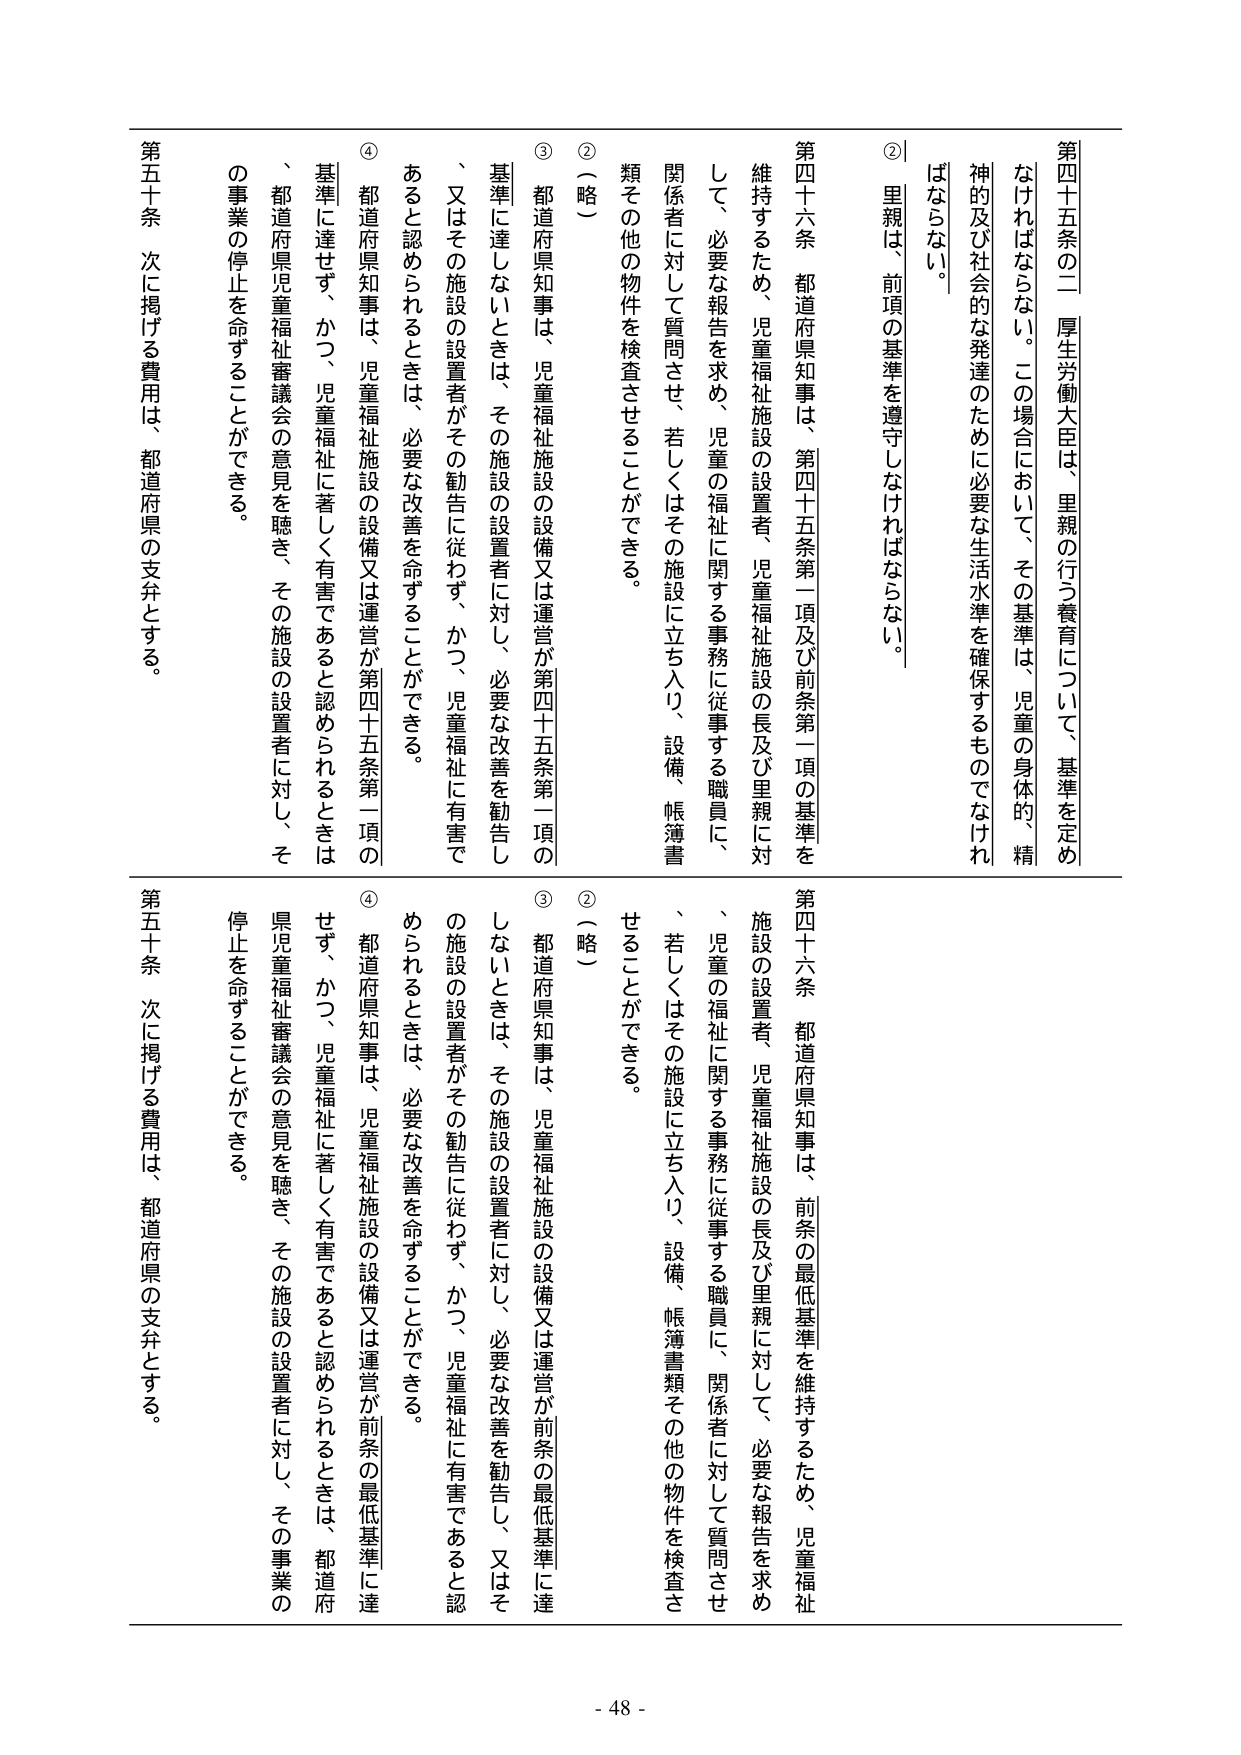
第四十五条の二 厚生労働大臣は、里親の行う養育について、基準を定めなければならない。この場合において、その基準は、児童の身体的、精神的及び社会的な発達のために必要な生活水準を確保するものでなければならない。

② 里親は、前項の基準を遵守しなければならない。

第四十六条 都道府県知事は、第四十五条第一項及び前条第一項の基準を維持するため、児童福祉施設の設置者、児童福祉施設の長及び里親に対して、必要な報告を求め、児童の福祉に関する事務に従事する職員、関係者に対して質問させ、若しくはその施設に立ち入り、設備、帳簿書類その他の物件を検査させることができる。

②（略）

③ 都道府県知事は、児童福祉施設の設備又は運営が第四十五条第一項の基準に達しないときは、その施設の設置者に対し、必要な改善を勧告し、又はその施設の設置者がその勧告に従わず、かつ、児童福祉に有害であると認められるときは、必要な改善を命ずることができる。

④ 都道府県知事は、児童福祉施設の設備又は運営が第四十五条第一項の基準に達せず、かつ、児童福祉に著しく有害であると認められるときは、都道府県児童福祉審議会の意見を聴き、その施設の設置者に対し、その事業の停止を命ずることができる。

第五十条 次に掲げる費用は、都道府県の支弁とする。

第四十六条 都道府県知事は、前条の最低基準を維持するため、児童福祉施設の設置者、児童福祉施設の長及び里親に対して、必要な報告を求め、児童の福祉に関する事務に従事する職員に、関係者に対して質問させ、若しくはその施設に立ち入り、設備、帳簿書類その他の物件を検査させることができる。

②（略）

③ 都道府県知事は、児童福祉施設の設備又は運営が前条の最低基準に達しないときは、その施設の設置者に対し、必要な改善を勧告し、又はその施設の設置者がその勧告に従わず、かつ、児童福祉に有害であると認められるときは、必要な改善を命ずることができる。

④ 都道府県知事は、児童福祉施設の設備又は運営が前条の最低基準に達せず、かつ、児童福祉に著しく有害であると認められるときは、都道府県児童福祉審議会の意見を聴き、その施設の設置者に対し、その事業の停止を命ずることができる。

第五十条 次に掲げる費用は、都道府県の支弁とする。

- 48 -